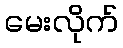
မေးလိုက်